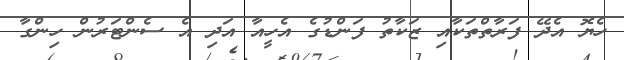
ހެޔޮ އެދޭ ފަރާތްތަކާއި ޒަކާތު ފަންޑުގެ އެހީއާ އަދި އެ ސެންޓަރުން ހިންގާ